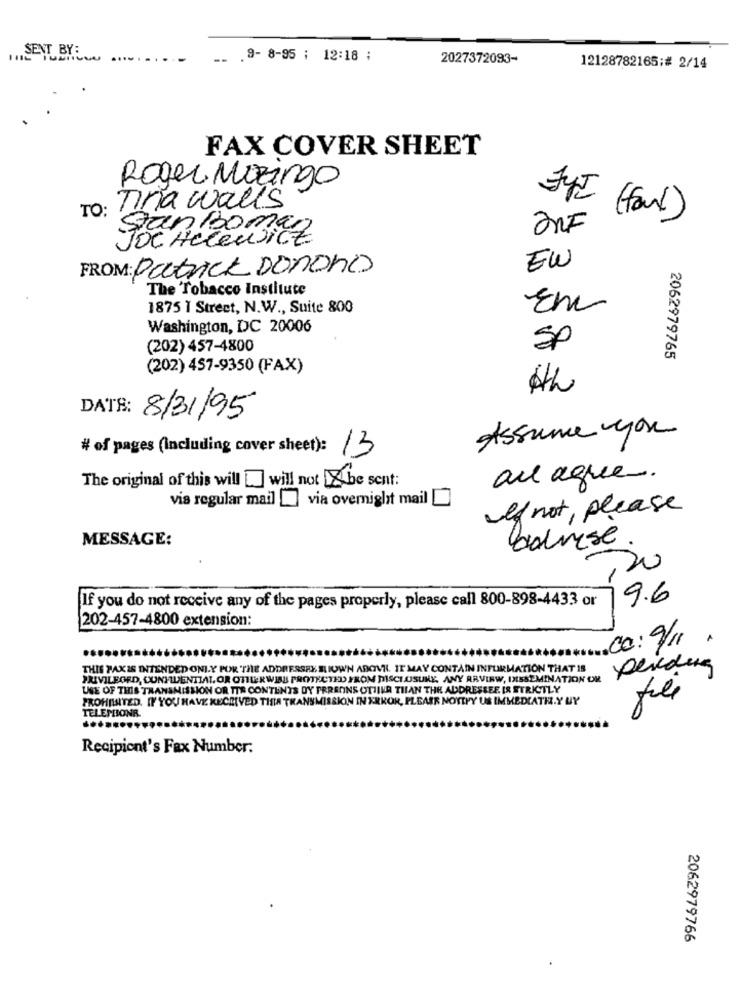
SENT BY:
--
.9- 8-95 : 12:18 ;
2027372093-
12128782165;# 2/14
FAX COVER SHEET
Roger Maringo
TO: Tra walls
( four )
2RF
Jan Bomag
Acteurict
FROM: Patrick Donono
EW
The Tobacco Institute
1875 I Street, N.W ., Suite 800
En
Washington, DC 20006
(202) 457-4800
SP
2062979765
(202) 457-9350 (FAX)
DATS: 8/31/95
Assume you
# of pages (Including cover sheet):
13
The original of this will [] will not [Xbe sent:
au agree.
via regular mail _ via overnight mail [
If not , please
MESSAGE:
adrese.
20
9.6
If you do not receive any of the pages properly, please call 800-898-4433 or
202-457-4800 extension:
co: 9/11.
THIS PAXIS INTENDED ONLY FOR THE ADDRESSEE RIUWN ABOVE. IT MAY CONTAIN INFUIRMATION THAT IS
PRIVILEGED, CONFIDENTIAL OR OTHERWISE PROTECTED FROM DISCLOSURE, ANY ARVIRW, INSSEMINATION OR
USE OF THIS TRANSMISSION OR ITS CONTENTS DY FRREINS OTJILA THAN THE ADDRESSEE IS STRICTLY
FROHESITED. IF YOU HAVE RECEIVED THIS TRANSMISSION IN ERROR, PLEASE NOTIFY US IMMEDIATELY UY
30
TELEMIONR.
Recipient's Fax Number:
2062979766